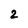
Character: 2